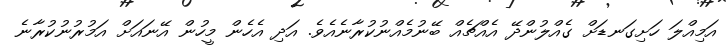
އަމިއްލަ ހަށިގަނޑަށް ގެއްލުންދޭ އެއްޗެއް ބޭނުމެއްނުކުރާނެއެވެ. އަދި އެހެން މީހުން އޭނައަށް އަމުރުނުކުރާނެ